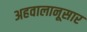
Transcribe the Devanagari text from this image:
अहवालानूसार